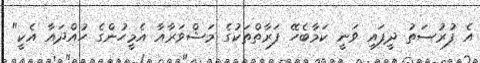
އެ ފުރުސަތު ދީފައި ވަނީ ކަމާބެހޭ ފަރާތްތަކުގެ މަޝްވަރާއާ އެމީހުންގެ ހުއްދައާ އެކީ"